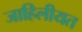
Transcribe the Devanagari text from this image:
जाहिलीयत